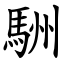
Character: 駲